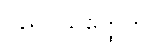
ဝိညူပသတ္ထေဟိ